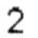
2